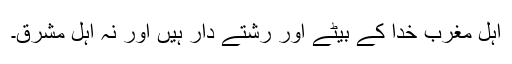
اہل مغرب خدا کے بیٹے اور رشتے دار ہیں اور نہ اہل مشرق۔